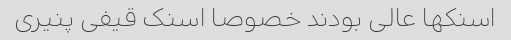
اسنکها عالی بودند خصوصا اسنک قیفی پنیری